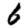
Digit: 6